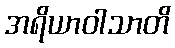
အရိယာဝါသာတိ